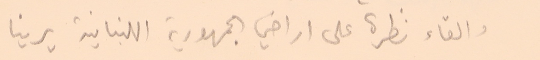
والقاء نظرة على اراضي الجمهورية اللبنانية يرينا